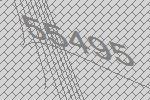
55495